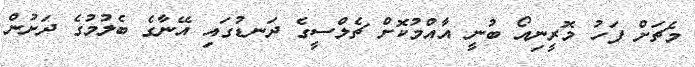
މެޗަށް ފަހު މޮރީނިއޯ ބުނީ އާއްމުކޮށް ޗެލްސީގެ ދަނޑުގައި އޭނާގެ ބެލުމުގެ ދަށުން